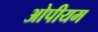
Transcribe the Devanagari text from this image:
ओपीयम